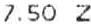
7.50 Z